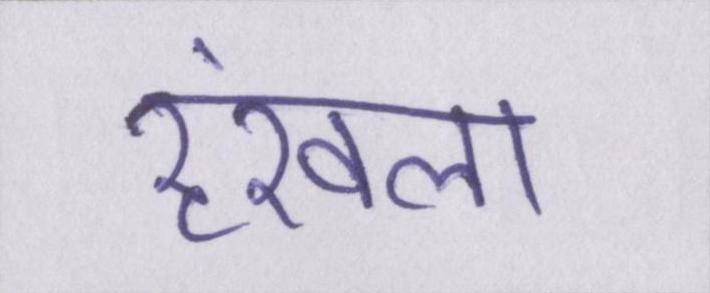
रॄंखला